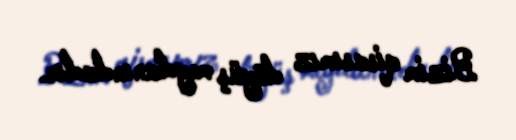
Bizim qisasımız döyüş meydanındadır.